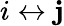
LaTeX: i\leftrightarrow\mathbf{j}